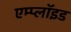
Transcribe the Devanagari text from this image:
एम्प्लॉइड